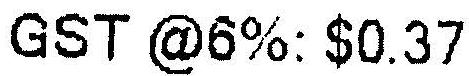
GST @6%: $0.37